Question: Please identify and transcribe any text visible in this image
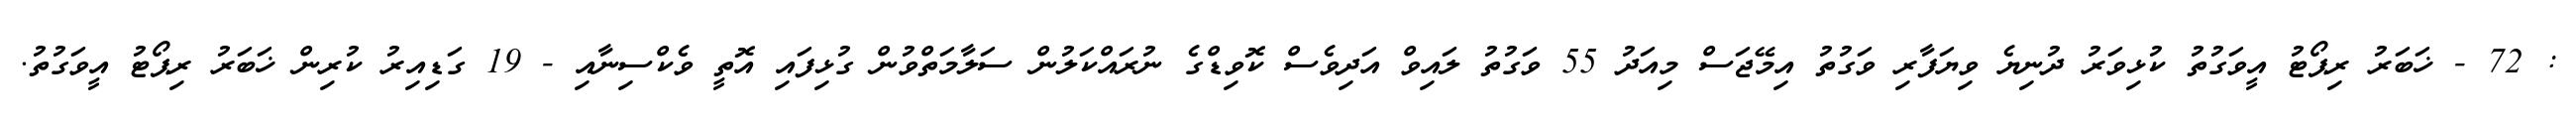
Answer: : 72 - ޚަބަރު ރިޕޯޓު އީވަގުތު ކުޅިވަރު ދުނިޔެ ވިޔަފާރި ވަގުތު އިމޭޖަސް މިއަދު 55 ވަގުތު ލައިވް އަދިވެސް ކޮވިޑްގެ ނުރައްކަލުން ސަލާމަތްވުން ގުޅިފައި އޮތީ ވެކްސިނާއި - 19 ގަޑިއިރު ކުރިން ޚަބަރު ރިޕޯޓު އީވަގުތު.